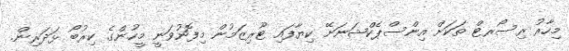
މިހާރު ރިސޯރޓް ތަކަށް އިންސްޕެކްޝަނަށޭ ކިޔާފައި ޓޫރިޒަމުން މިފޮނުވަނީ މީހުންގެ ކިރުބޯ ޅަދަރިން.